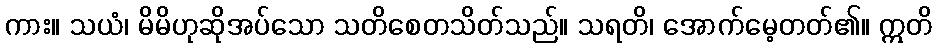
ကား။ သယံ၊ မိမိဟုဆိုအပ်သော သတိစေတသိတ်သည်။ သရတိ၊ အောက်မေ့တတ်၏။ ဣတိ